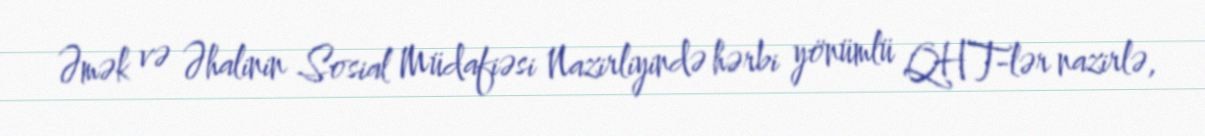
Əmək və Əhalinin Sosial Müdafiəsi Nazirliyində hərbi yönümlü QHT-lər nazirlə,